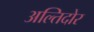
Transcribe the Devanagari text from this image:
अल्तिदोर